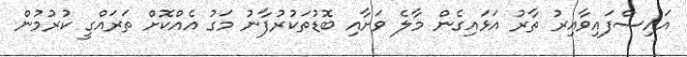
އައިސްފައިވާއިރު ތާރު އަޅައިގެން މާލެ ވަށާއި ބޮޑުތަކުރުފާނު މަގު އެއްކޮށް ތަރައްގީ ކުރުމުން